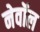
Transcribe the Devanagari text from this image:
नेवॉल